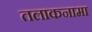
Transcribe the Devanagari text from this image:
तलाकनामा